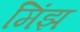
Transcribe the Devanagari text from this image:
मिंझ